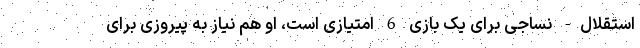
استقلال- نساجی برای یک بازی 6 امتیازی است، او هم نیاز به پیروزی برای